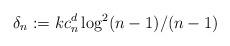
LaTeX: \begin{align*}\delta_n := k c_n^d \log^2 (n-1) /(n-1)\end{align*}